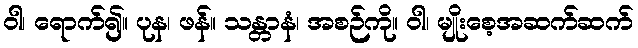
ဝါ၊ ရောက်၍။ ပုန၊ ဖန်။ သန္တာနံ၊ အစဉ်ကို။ ဝါ၊ မျိုးစေ့အဆက်ဆက်